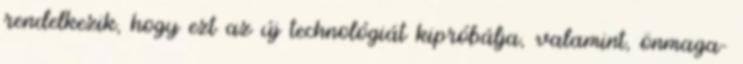
rendelkezik, hogy ezt az új technológiát kipróbálja, valamint, önmaga-